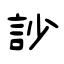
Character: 訬